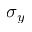
\sigma _ { y }